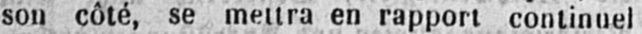
son côté, se mettra en rapport continuel